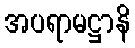
အပရာမဋ္ဌာနိ